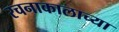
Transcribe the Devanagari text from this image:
रचनाकालाच्या